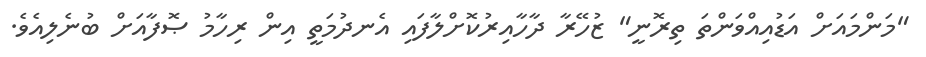
"މަންމައަށް އަޑުއިއްވަންތަ ތިރޮނީ" ޒުހޭރާ ދާހާއިރުކޮށްލާފައި އެނދުމަތީ އިން ރިހާމު ޞޮފާއަށް ބުނެލިއެވެ.